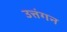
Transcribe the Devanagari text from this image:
उत्तंगन